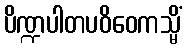
ပိဏ္ဍပါတပဝိဝေကသ္မိံ